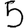
Digit: 5